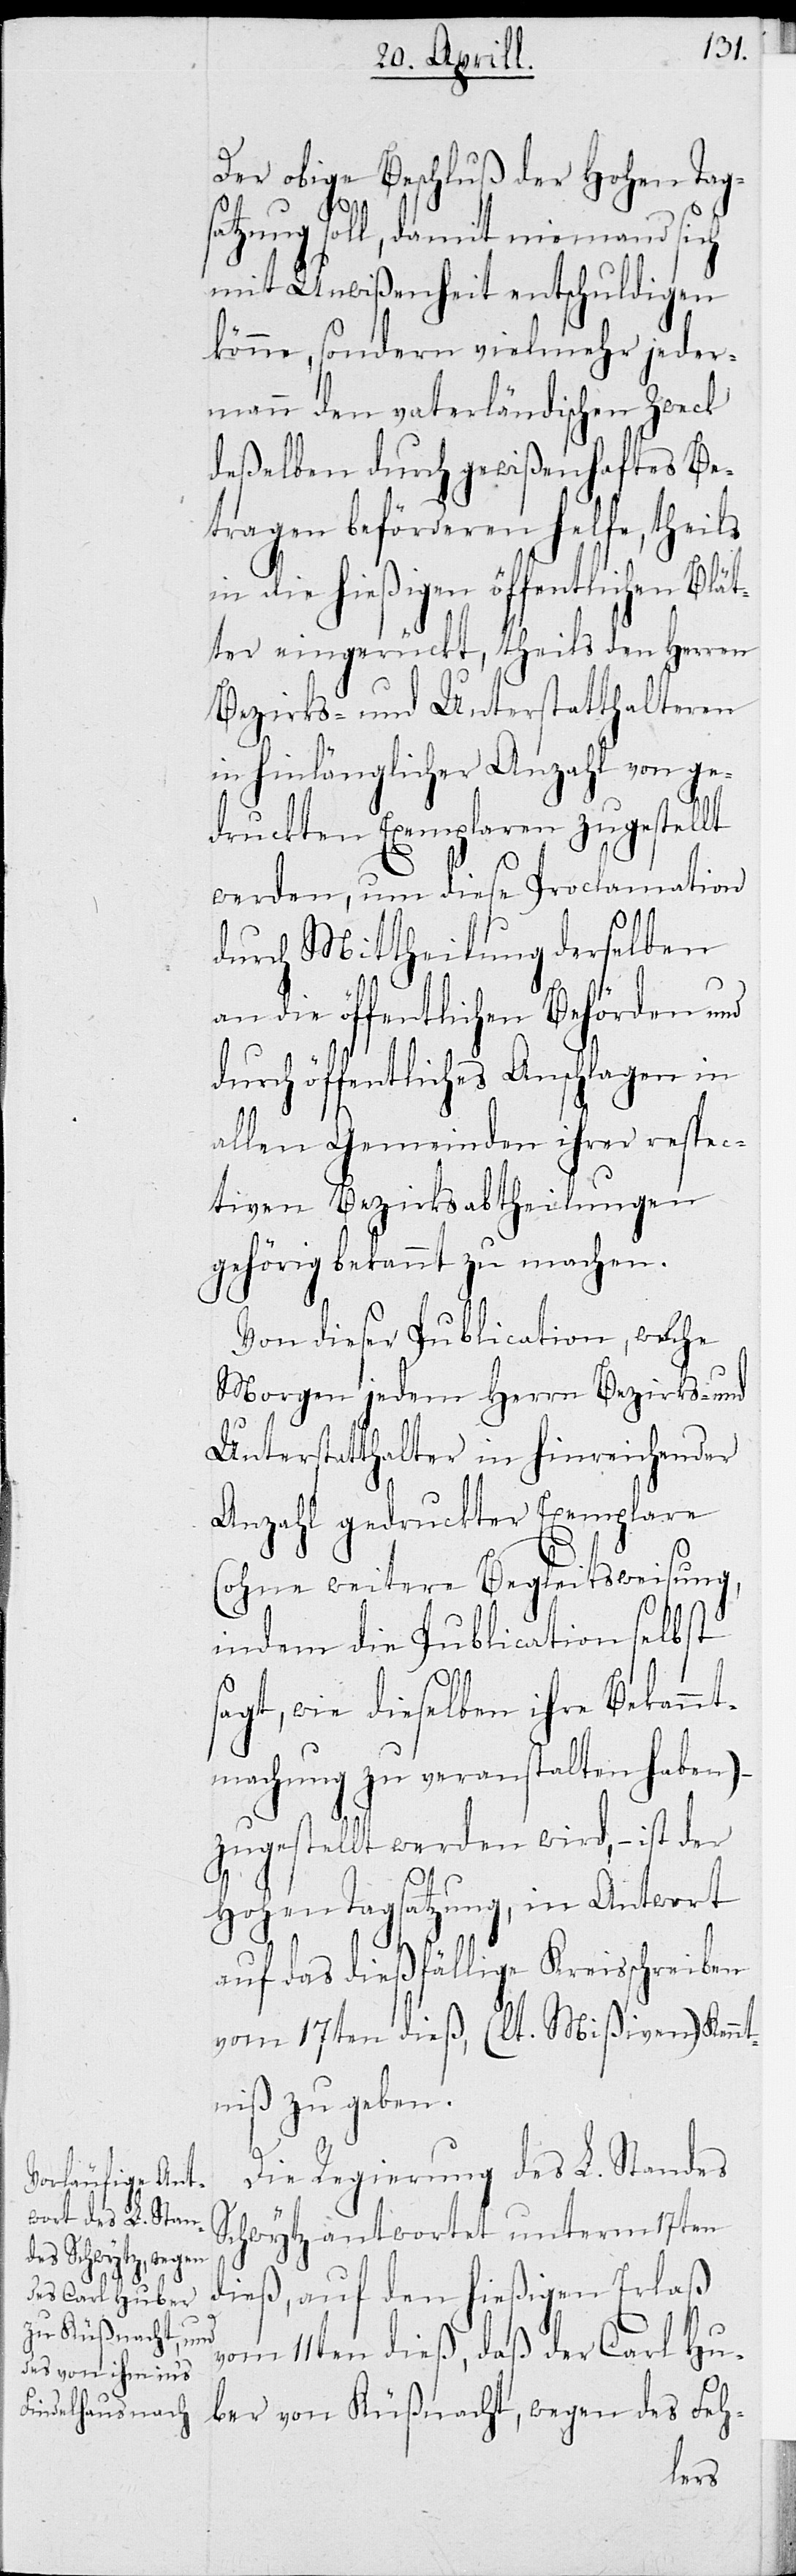
Der obige Beschluß der Hohen Tags¬
atzung soll, damit niemand sich
mit Unwißenheit entschuldigen
könne, sondern vielmehr jeder¬
mann den vaterländischen Zweck
deßelben durch gewißenhaftes Be¬
tragen beförderen helfe, theils
in die hießigen öffentlichen Blät¬
ter eingerückt, theils den Herren
Bezirks- und Unterstatthalteren
in hinlänglicher Anzahl von ge¬
druckten Exemplaren zugestellt
werden, um diese Proclamation
durch Mittheilung derselben
an die öffentlichen Behörden und
durch öffentliches Anschlagen in
allen Gemeinden ihrer respec¬
tiven Bezirksabtheilungen
Von dieser Publication, welche
Morgen jedem Herrn Bezirks- und
Unterstatthalter in hinreichender
Anzahl gedruckter Exemplare
(ohne weitere Begleitsweisung,
indem die Publication selbst s¬
agt, wie dieselben ihre Bekannt¬
machung zu veranstalten haben) –
zugestellt werden wird, – ist der
Hohen Tagsatzung, in Antwort
auf das dießfällige Kreisschreiben
vom 17ten dieß, (lt. Mißiven) Kennt¬
niß zu geben.
Die Regierung des L. Standes
Schwytz antwortet unterm 17ten
dieß, auf den hießigen Erlaß
vom 11ten dieß, daß der Carl Hu¬
ber von Küßnacht, wegen des Feh-